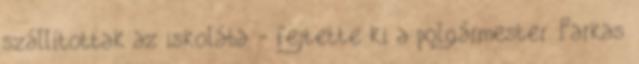
szállítottak az iskolába - fejtette ki a polgármester. Farkas